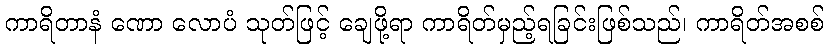
ကာရိတာနံ ဏော လောပံ သုတ်ဖြင့် ချေဖို့ရာ ကာရိတ်မှည့်ရခြင်းဖြစ်သည်၊ ကာရိတ်အစစ်